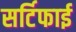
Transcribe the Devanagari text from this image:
सर्टिफाई